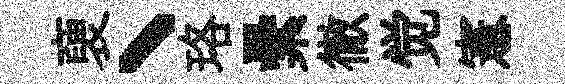
褏丶珞纍徹觉憲